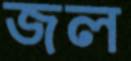
জল